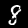
Digit: 8